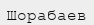
Шорабаев